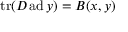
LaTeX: \operatorname { t r } ( D \operatorname { a d } y ) = B ( x , y )